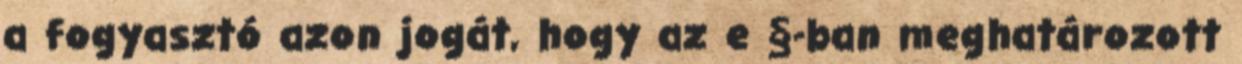
a fogyasztó azon jogát, hogy az e §-ban meghatározott